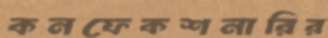
কনফেকশনারির